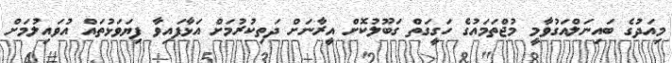
މިއަދުގެ ބައިނަލްއަގުވާމީ މުޖްތަމައުގެ ހަގީގަތް ގަބޫލުކޮށް އީރާނަށް ދަތިކުރުމަށް އަޅާފައިވާ ފިޔަވަޅުތައް އުވައިލުމަށް